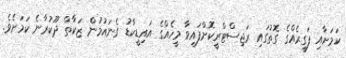
ކަމަށާއި ފަގީރެއްގެ ގޮތުގައި ރަޖިސްޓްރީކޮށްފައިވާ މީހެއްގެ އައިޑީކާޑު ގެނައުމުން ޒަކާތް ދޫކުރާނެ ކަމަށެވެ.